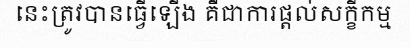
នេះត្រូវបានធ្វើឡើង គឺជាការផ្តល់សក្ខីកម្ម